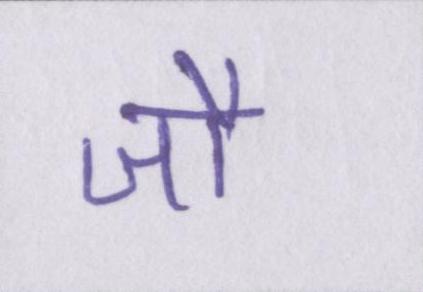
जौ